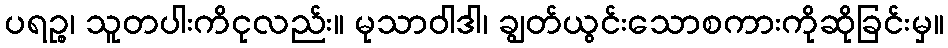
ပရဉ္စ၊ သူတပါးကိငုလည်း။ မုသာဝါဒါ၊ ချွတ်ယွင်းသောစကားကိုဆိုခြင်းမှ။